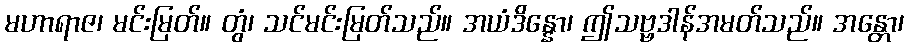
မဟာရာဇ၊ မင်းမြတ်။ တွံ၊ သင်မင်းမြတ်သည်။ အယံဒိန္နော၊ ဤသဗ္ဗဒါန်အမတ်သည်။ အန္တော၊